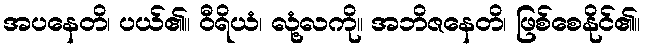
အပနေတိ၊ ပယ်၏။ ဝီရိယံ၊ လုံ့လကို။ အဘိဇနေတိ၊ ဖြစ်စေနိုင်၏။